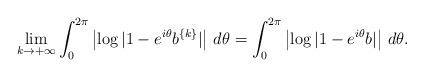
LaTeX: \begin{align*}\lim_{k\to+\infty}\int_0^{2\pi}\left|\log|1-e^{i\theta}b^{\{k\}}|\right|\,d\theta=\int_0^{2\pi}\left|\log|1-e^{i\theta}b|\right|\,d\theta.\end{align*}